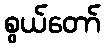
စွယ်တော်